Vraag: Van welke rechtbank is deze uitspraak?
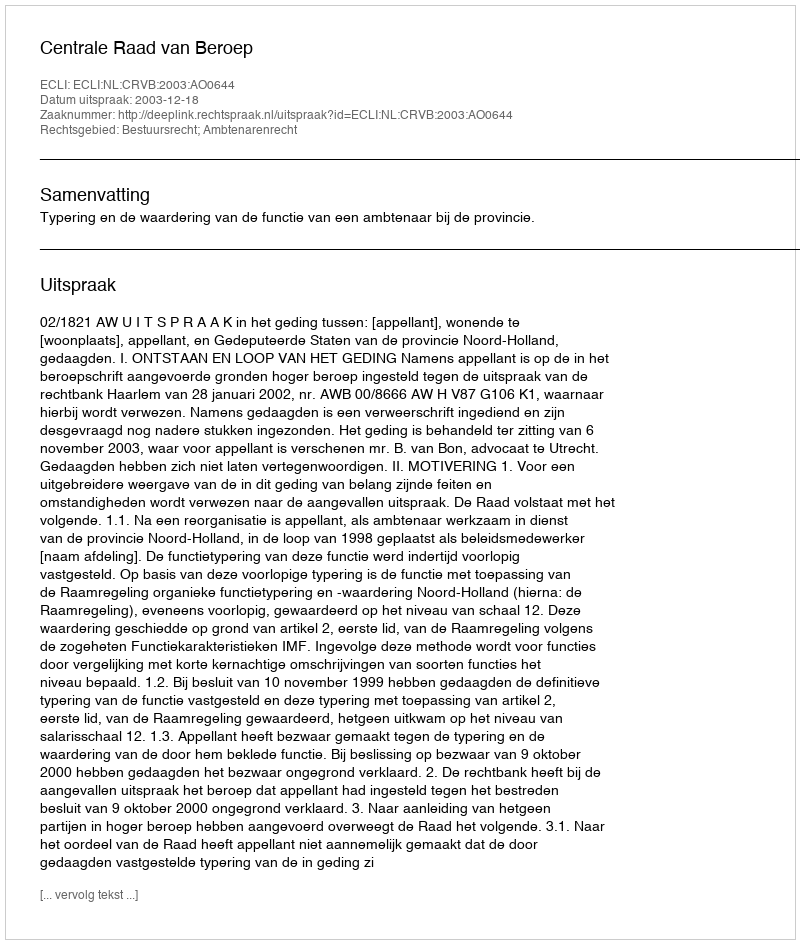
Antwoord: Centrale Raad van Beroep